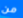
من